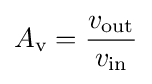
A_{\text{v}}={\frac {v_{\text{out}}}{v_{\text{in}}}}